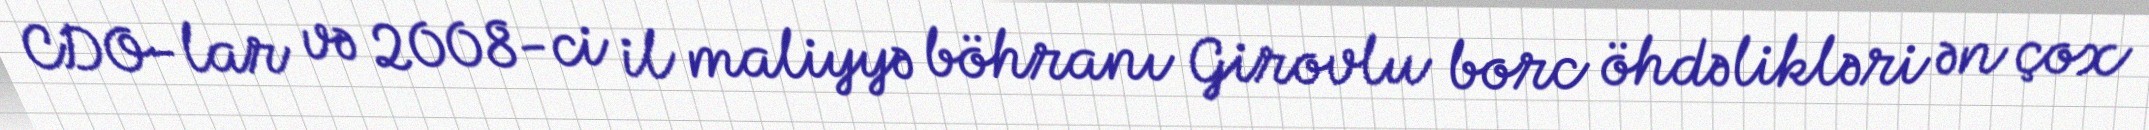
CDO-lar və 2008-ci il maliyyə böhranı Girovlu borc öhdəlikləri ən çox